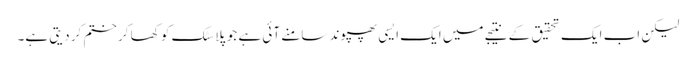
لیکن اب ایک تحقیق کے نتیجے میں ایک ایسی پھپوند سامنے آئی ہے جو پلاسٹک کو کھا کر ختم کر دیتی ہے۔